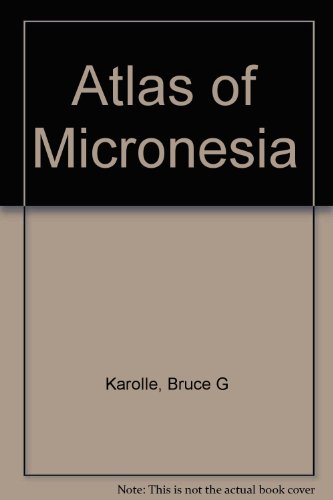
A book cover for Atlas of Micronesia; Bruce G Karolle; Travel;